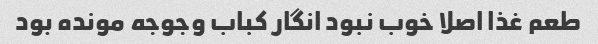
طعم غذا اصلا خوب نبود انگار کباب وجوجه مونده بود